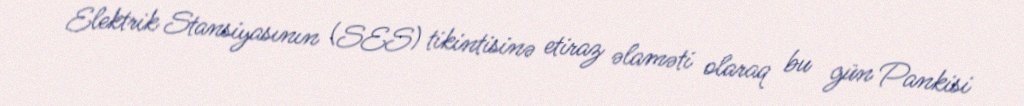
Elektrik Stansiyasının (SES) tikintisinə etiraz əlaməti olaraq bu gün Pankisi